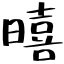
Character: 暿